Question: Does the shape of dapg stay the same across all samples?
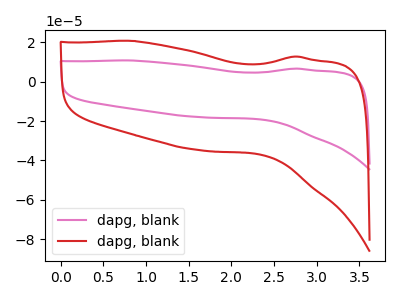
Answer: <think>The pink curve "dapg, blank1" has no peaks. The red curve "dapg, blank2" has no peaks.
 Neither "dapg, blank1" or "dapg, blank2" have any peaks.</think>
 <answer>All the CV's of "dapg" have similar shape.</answer>
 <eval>follow_rule</eval>